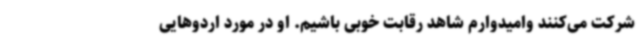
شرکت می‌کنند وامیدوارم شاهد رقابت خوبی باشیم. او در مورد اردوهایی